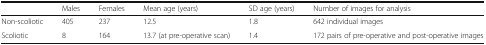
|  | Males | Females | Mean age (years) | SD age (years) | Number of images for analysis |
 | --- | --- | --- | --- | --- | --- |
 | Non-scoliotic | 405 | 237 | 12.5 | 1.8 | 642 individual images |
 | Scoliotic | 8 | 164 | 13.7 (at pre-operative scan) | 1.4 | 172 pairs of pre-operative and post-operative images |